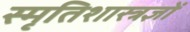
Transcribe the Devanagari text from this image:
स्मृतिशास्त्रज्ञों